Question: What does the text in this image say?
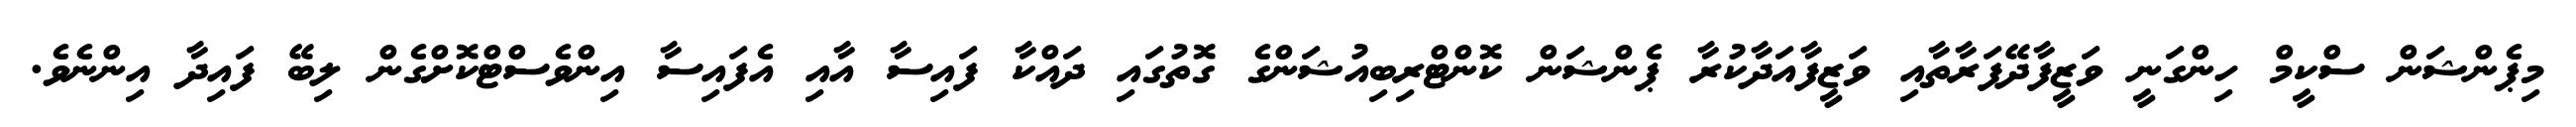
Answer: މިޕެންޝަން ސްކީމް ހިންގަނީ ވަޒީފާދޭފަރާތާއި ވަޒީފާއަދާކުރާ ޕެންޝަން ކޮންޓްރިބިއުޝަންގެ ގޮތުގައި ދައްކާ ފައިސާ އާއި އެފައިސާ އިންވެސްޓްކޮށްގެން ލިބޭ ފައިދާ އިންނެވެ.